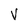
Character: V